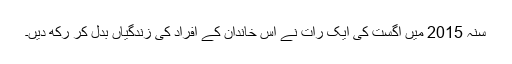
سنہ 2015 میں اگست کی ایک رات نے اس خاندان کے افراد کی زندگیاں بدل کر رکھ دیں۔